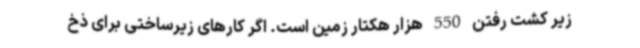
زیر کشت رفتن 550 هزار هکتار زمین است. اگر کارهای زیرساختی برای ذخ